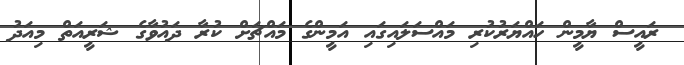
ރައީސް ޔާމީން ހައްޔަރުކުރި މައްސަލައިގައި އަމީންގެ މައްޗަށް ކުރާ ދައުވާގެ ޝަރީއަތް މިއަދު